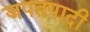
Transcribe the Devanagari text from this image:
जपतपादी